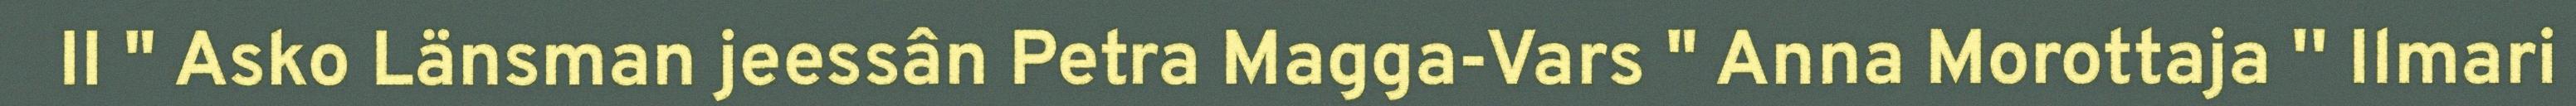
II " Asko Länsman jeessân Petra Magga-Vars " Anna Morottaja '' Ilmari